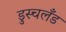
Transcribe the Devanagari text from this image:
डुस्चलँड